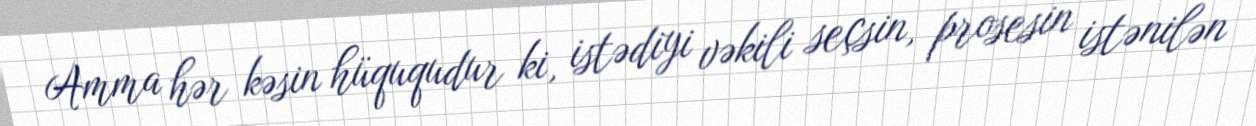
Amma hər kəsin hüququdur ki, istədiyi vəkili seçsin, prosesin istənilən